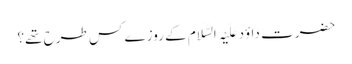
حضرت داؤد عَلَیْہِ السَّلَام کے روزے کس طرح تھے؟